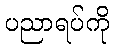
ပညာရပ်ကို